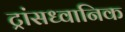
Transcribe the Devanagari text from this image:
ट्रांसध्वानिक